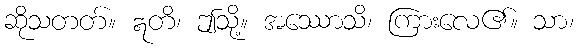
ဆိုသတတ်။ ဣတိ၊ ဤသို့။ အဿောသိ၊ ကြားလေ၏။ သာ၊